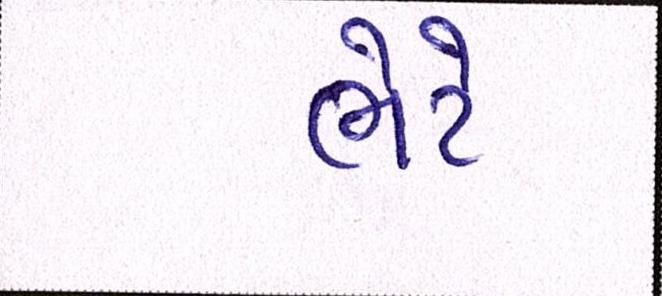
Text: ભેટે